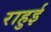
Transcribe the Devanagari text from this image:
राहुई